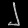
Digit: ၂